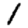
Digit: 1